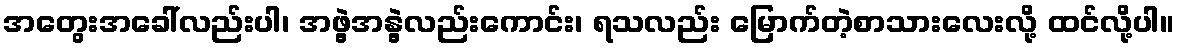
အတွေးအခေါ်လည်းပါ၊ အဖွဲ့အနွဲ့လည်းကောင်း၊ ရသလည်း မြောက်တဲ့စာသားလေးလို့ ထင်လို့ပါ။